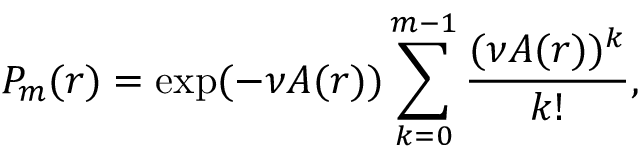
P _ { m } ( r ) = \exp ( - \nu A ( r ) ) \sum _ { k = 0 } ^ { m - 1 } \frac { ( \nu A ( r ) ) ^ { k } } { k ! } ,